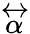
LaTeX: \stackrel{\leftrightarrow}{\alpha}